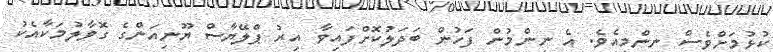
ކުޅުމަށްވެސް ނިންމިއެވެ. އެ ނިންމުން ފަހުން ބަދަލުކޮށްފައިވާ އިރު ޕްލޭޔާސް ޔޫނިއަންގެ ގޮވާލުމަކާއެކު